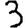
Digit: 3